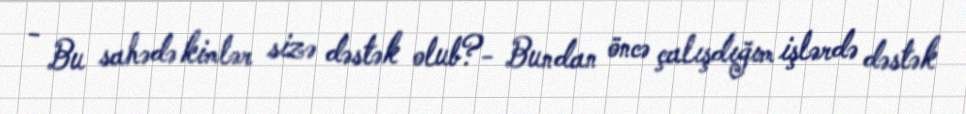
- Bu sahədə kimlər sizə dəstək olub?- Bundan öncə çalışdığım işlərdə dəstək